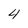
Character: 4